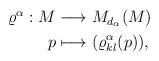
LaTeX: \begin{align*}\begin{aligned}\varrho^{\alpha}: M & \longrightarrow M_{d_{\alpha}}(M)\\p & \longmapsto (\varrho^{\alpha}_{kl}(p)),\end{aligned}\end{align*}